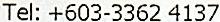
TEL: +603-3362 4137